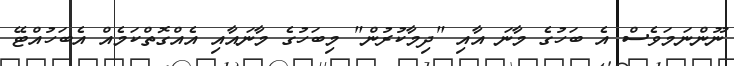
ނޫންނަމަވެސް އެ ބަހުގެ މާނަ އާއި "ދިމާކުރުން" މިބަހުގެ މާނައާއި އެއްގޮތްކަމެއް އެބަހުއްޓޭ